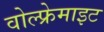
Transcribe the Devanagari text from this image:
वोल्फ्रेमाइट